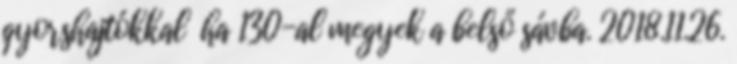
gyorshajtókkal ha 130-al megyek a belső sávba. 2018.11.26.